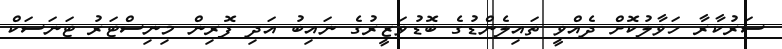
ސަރުކާރާ ހަވާލުކޮށް ދެއްވީ ތައިލެންޑުގެ ބޮޑުވަޒީރުގެ ނައިބު އަދި ފޮރިން މިނިސްޓަރު ޓަނަސަކް